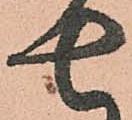
七